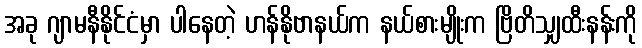
အခု ဂျာမနီနိုင်ငံမှာ ပါနေတဲ့ ဟန်နိုဗာနယ်က နယ်စားမျိုးက ဗြိတိသျှထီးနန်းကို